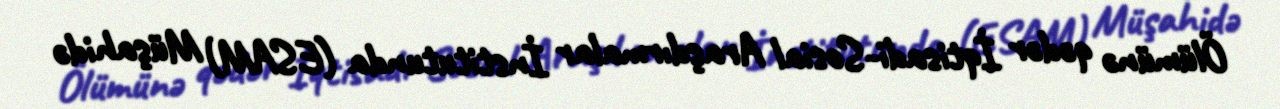
Ölümünə qədər İqtisadi-Sosial Araşdırmalar İnstitutunda (ESAM) Müşahidə